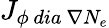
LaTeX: {J}_{\phi\ dia\ \nabla N_{e}}